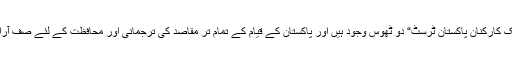
آج ”نظریہ¿ پاکستان ٹرسٹ“ اور ”تحریکِ کارکنانِ پاکستان ٹرسٹ“ دو ٹھوس وجود ہیں اور پاکستان کے قیام کے تمام تر مقاصد کی ترجمانی اور محافظت کے لئے صف آرا ”اداروں“ کا درجہ اختیار کر چکے ہیں!